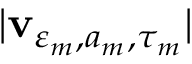
| \mathbf { v } _ { \varepsilon _ { m } , a _ { m } , \tau _ { m } } |